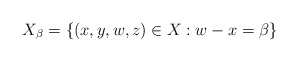
\begin{align*}X_\beta = \{ (x,y,w,z) \in X : w-x = \beta \}\end{align*}